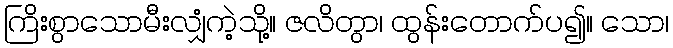
ကြိးစွာသောမီးလျှံကဲ့သို့။ ဇလိတွာ၊ ထွန်းတောက်ပ၍။ သော၊